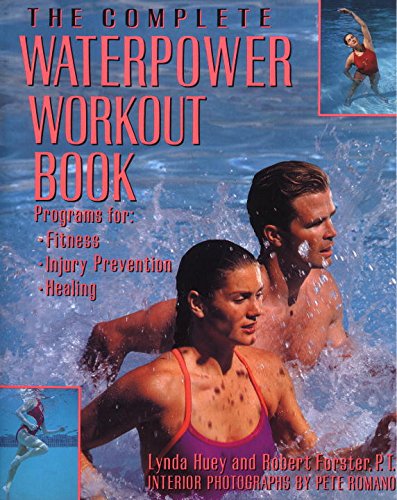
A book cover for The Complete Waterpower Workout Book: Programs for Fitness, Injury Prevention, and Healing; Lynda Huey; Health, Fitness & Dieting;